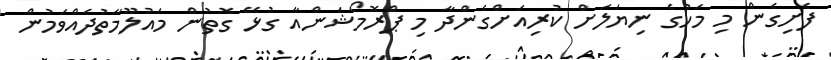
ފެށިގެން މި މަހުގެ ނިޔަލަށް ކުރިއަށްގެންދާ މި ޕްރޮމޯޝަންއާ ގުޅޭ ގޮތުން މައުލޫމާތުދެއްވަމުން